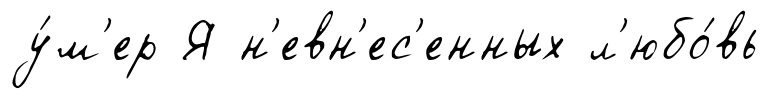
у́м'ер Я н'евн'ес'енных л'юбо́вь